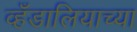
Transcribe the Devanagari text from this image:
व्हँडालियाच्या